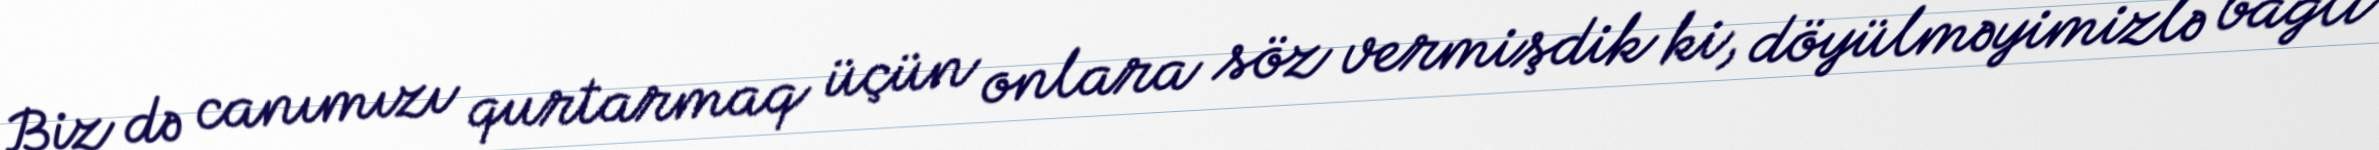
Biz də canımızı qurtarmaq üçün onlara söz vermişdik ki, döyülməyimizlə bağlı